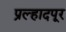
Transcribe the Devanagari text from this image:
प्रल्हादपूर